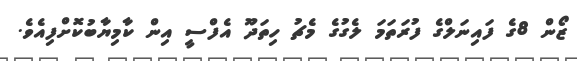
ޒޯން 8ގެ ފައިނަލްގެ ފުރަތަމަ ލެގުގެ މެޗު ހިތަދޫ އެފްސީ އިން ކާމިޔާބުކޮށްފިއެވެ.